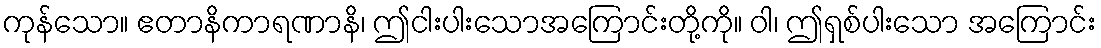
ကုန်သော။ ဧတာနိကာရဏာနိ၊ ဤငါးပါးသောအကြောင်းတို့ကို။ ဝါ၊ ဤရှစ်ပါးသော အကြောင်း